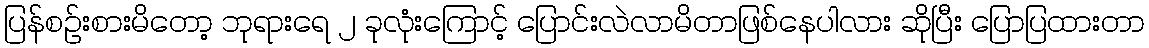
ပြန်စဉ်းစားမိတော့ ဘုရားရေ ၂ ခုလုံးကြောင့် ပြောင်းလဲလာမိတာဖြစ်နေပါလား ဆိုပြီး ပြောပြထားတာ